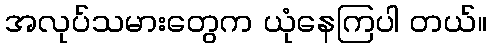
အလုပ်သမားတွေက ယုံနေကြပါ တယ်။